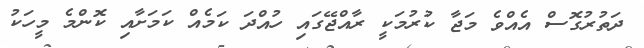
ދަތުރުގޮސް އެއްވެ މަޖާ ކުރުމަކީ ރާއްޖޭގައި ހުއްދަ ކަމެއް ކަމަށާއި ކޮންމެ މީހަކު